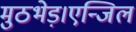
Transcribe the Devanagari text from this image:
मुठभेड़।एन्जिल